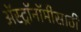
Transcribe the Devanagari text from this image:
अॅस्ट्रॉनॉमीसाठी